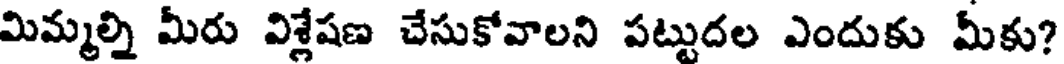
మిమ్మల్ని మీరు విశ్లేషణ చేసుకోవాలని పట్టుదల ఎందుకు మీకు?